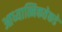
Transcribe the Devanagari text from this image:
आध्यात्मिकतेकडे